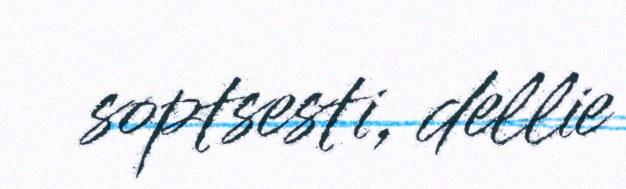
soptsesti, dellie